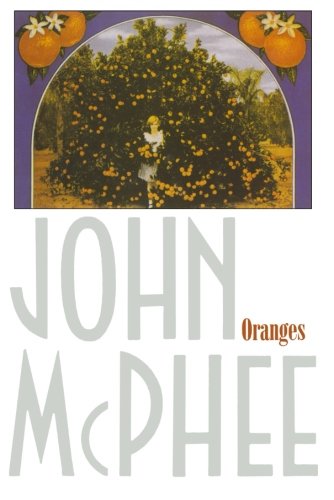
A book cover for Oranges; John McPhee; Cookbooks, Food & Wine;